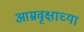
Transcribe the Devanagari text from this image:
आम्रवृक्षाच्या